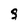
Character: S